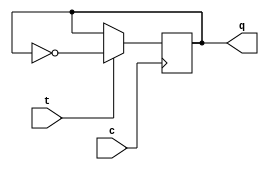
module tff(q,t,c);
    output q;
    input t,c;
    reg q;
    initial 
     begin 
      q=1'b1;
     end
    always @ (posedge c)
    begin
        if (t==1'b0) begin q=q; end
        else begin q=~q;  end
    end
endmodule

module tff1(q,t,c);
    output q;
    input t,c;
    reg q;
    initial 
     begin 
      q=1'b0;
     end
    always @ (posedge c)
    begin
        if (t==1'b0) begin q=q; end
        else begin q=~q;  end
    end
endmodule

module random(o,clk);
    output [5:0]o;      input clk;
    xor (t0,o[3],o[2]);
	 xor (t3,o[4],o[3]);
    assign t1=o[0];
    assign t2=o[1];
	 assign t4=o[3];
	 assign t5=o[4];
	 assign t6=o[5];
    tff  u1(o[0],t0,clk);
    tff1 u2(o[1],t1,clk);
    tff1 u3(o[2],t2,clk);
    tff  u4(o[3],t3,clk);
    tff1 u5(o[4],t4,clk);
    tff1 u6(o[5],t5,clk);
endmodule